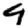
Digit: 4